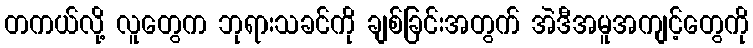
တကယ်လို့ လူတွေက ဘုရားသခင်ကို ချစ်ခြင်းအတွက် အဲဒီအမူအကျင့်တွေကို